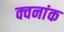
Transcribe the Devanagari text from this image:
क्वनांक